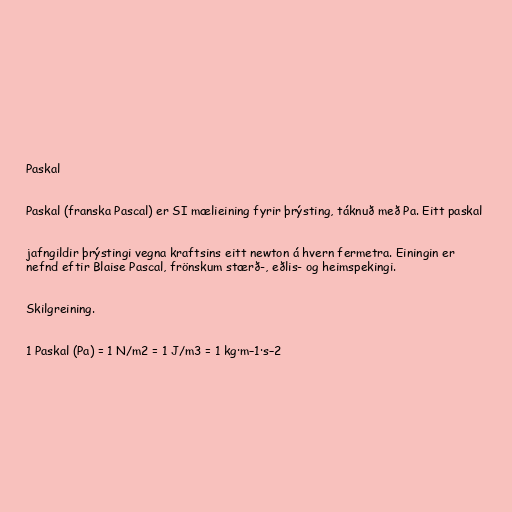
Paskal

Paskal (franska Pascal) er SI mælieining fyrir þrýsting, táknuð með Pa. Eitt paskal

jafngildir þrýstingi vegna kraftsins eitt newton á hvern fermetra. Einingin er
nefnd eftir Blaise Pascal, frönskum stærð-, eðlis- og heimspekingi.

Skilgreining.

1 Paskal (Pa) = 1 N/m2 = 1 J/m3 = 1 kg·m–1·s–2